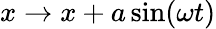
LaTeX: x\to x+a\sin(\omega t)